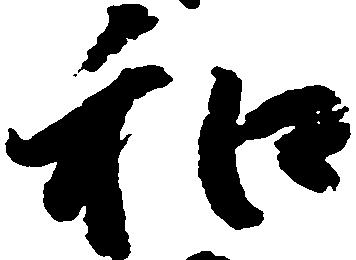
和